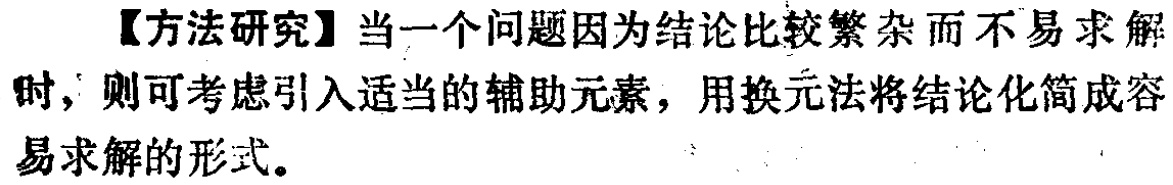
【方法研究】当一个问题因为结论比较繁杂而不易求解时，则可考虑引入适当的辅助元素，用换元法将结论化简成容易求解的形式。